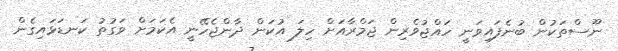
ނޫސްތަކުން ބުނެފައިވަނީ ހައްޖުވެރިން ޖަމްރާއަށް ހިލަ އުކަން ދާންޖެހޭނީ އެކަމަށް ވަގުތު ކަނޑަޅަައިގެން